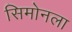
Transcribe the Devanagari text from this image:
सिमोनला